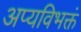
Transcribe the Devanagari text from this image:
अप्यविभक्तं